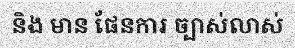
និង មាន ផែនការ ច្បាស់លាស់